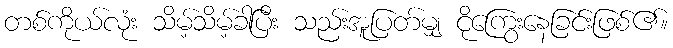
တစ်ကိုယ်လုံး သိမ့်သိမ့်ခါပြီး သည်းအူပြတ်မျှ ငိုကြွေးနေခြင်းဖြစ်၏။